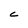
Character: C